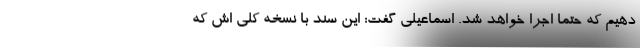
دهیم که حتما اجرا خواهد شد. اسماعیلی گفت: این سند با نسخه کلی اش که